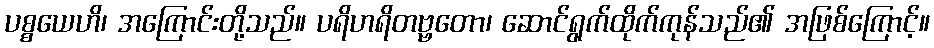
ပစ္စယေဟိ၊ အကြောင်းတို့သည်။ ပရိဟရိတဗ္ဗတော၊ ဆောင်ရွက်ထိုက်ကုန်သည်၏ အဖြစ်ကြောင့်။